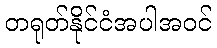
တရုတ်နိုင်ငံအပါအဝင်